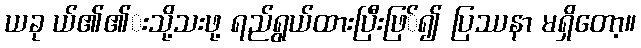
ယခု ယ်၏၏းသို့သးဖု့ ရည်ရွယ်ထားပြီးဖြ်၍ ပြဿနာ မရှိတော့။